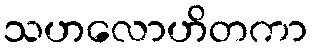
သဟလောဟိတကာ